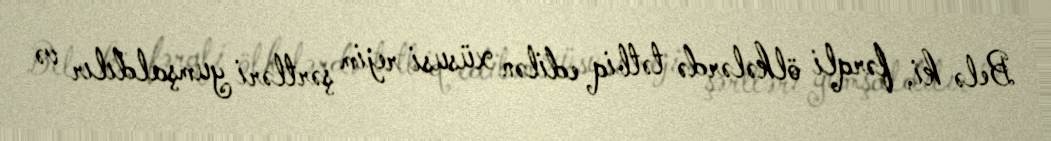
Belə ki, fərqli ölkələrdə tətbiq edilən xüsusi rejim şərtləri yumşaldılır və